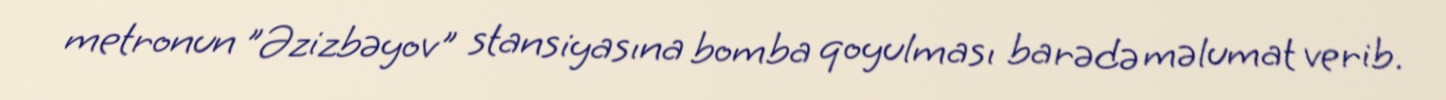
metronun "Əzizbəyov" stansiyasına bomba qoyulması barədə məlumat verib.